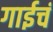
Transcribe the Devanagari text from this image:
गाईचं